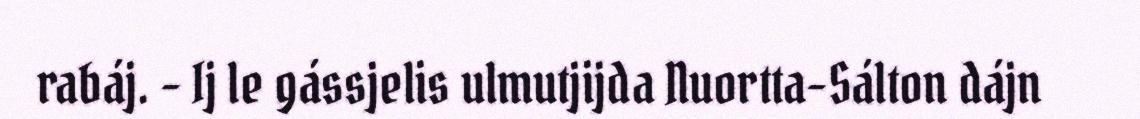
rabáj. - Ij le gássjelis ulmutjijda Nuortta-Sálton dájn